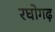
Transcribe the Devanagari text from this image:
रघोगढ़